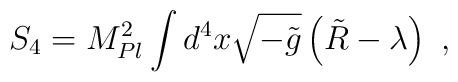
S_4 = M_{Pl}^2\int d^4x\sqrt{-\tilde{g}}\left( \tilde{R} - \lambda\right)\ ,